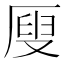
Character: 𠪇